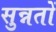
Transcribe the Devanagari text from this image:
सुन्नतों